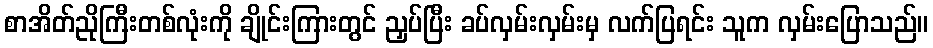
စာအိတ်ညိုကြီးတစ်လုံးကို ချိုင်းကြားတွင် ညှပ်ပြီး ခပ်လှမ်းလှမ်းမှ လက်ပြရင်း သူက လှမ်းပြောသည်။